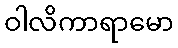
ဝါလိကာရာမော